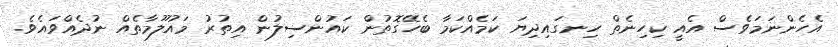
އެހެންނަމަވެސް އެއީ ކިހިނެތް ހިނގައިދިޔަ ކަމެއްކަމާ ބެހޭގޮތުން ކައުންސިލުން އިތުރު މައުލޫމާތެއް ނުދެއްވައެވެ.